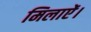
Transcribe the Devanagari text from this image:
मिलाऐं।